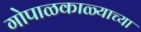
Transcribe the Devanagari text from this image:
गोपाळकाळ्याच्या